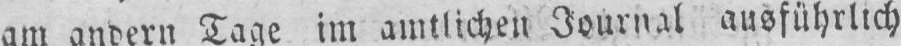
am andern Tage im amtlichen Journal ausführlich